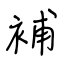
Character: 補